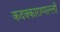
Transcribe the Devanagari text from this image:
कदक्काराप्पल्ली